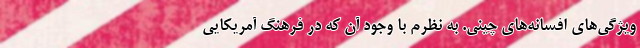
ویژگی‌های افسانه‌های چینی. به نظرم با وجودِ آن که در فرهنگ آمریکایی